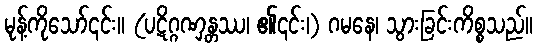
မုန့်ကိုသော်၎င်း။ (ပဋိဂ္ဂဏှန္တဿ၊ ၏၎င်း၊) ဂမနေ၊ သွားခြင်းကိစ္စသည်။